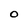
Character: O